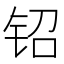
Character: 𬬿